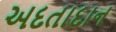
અદતાદાન